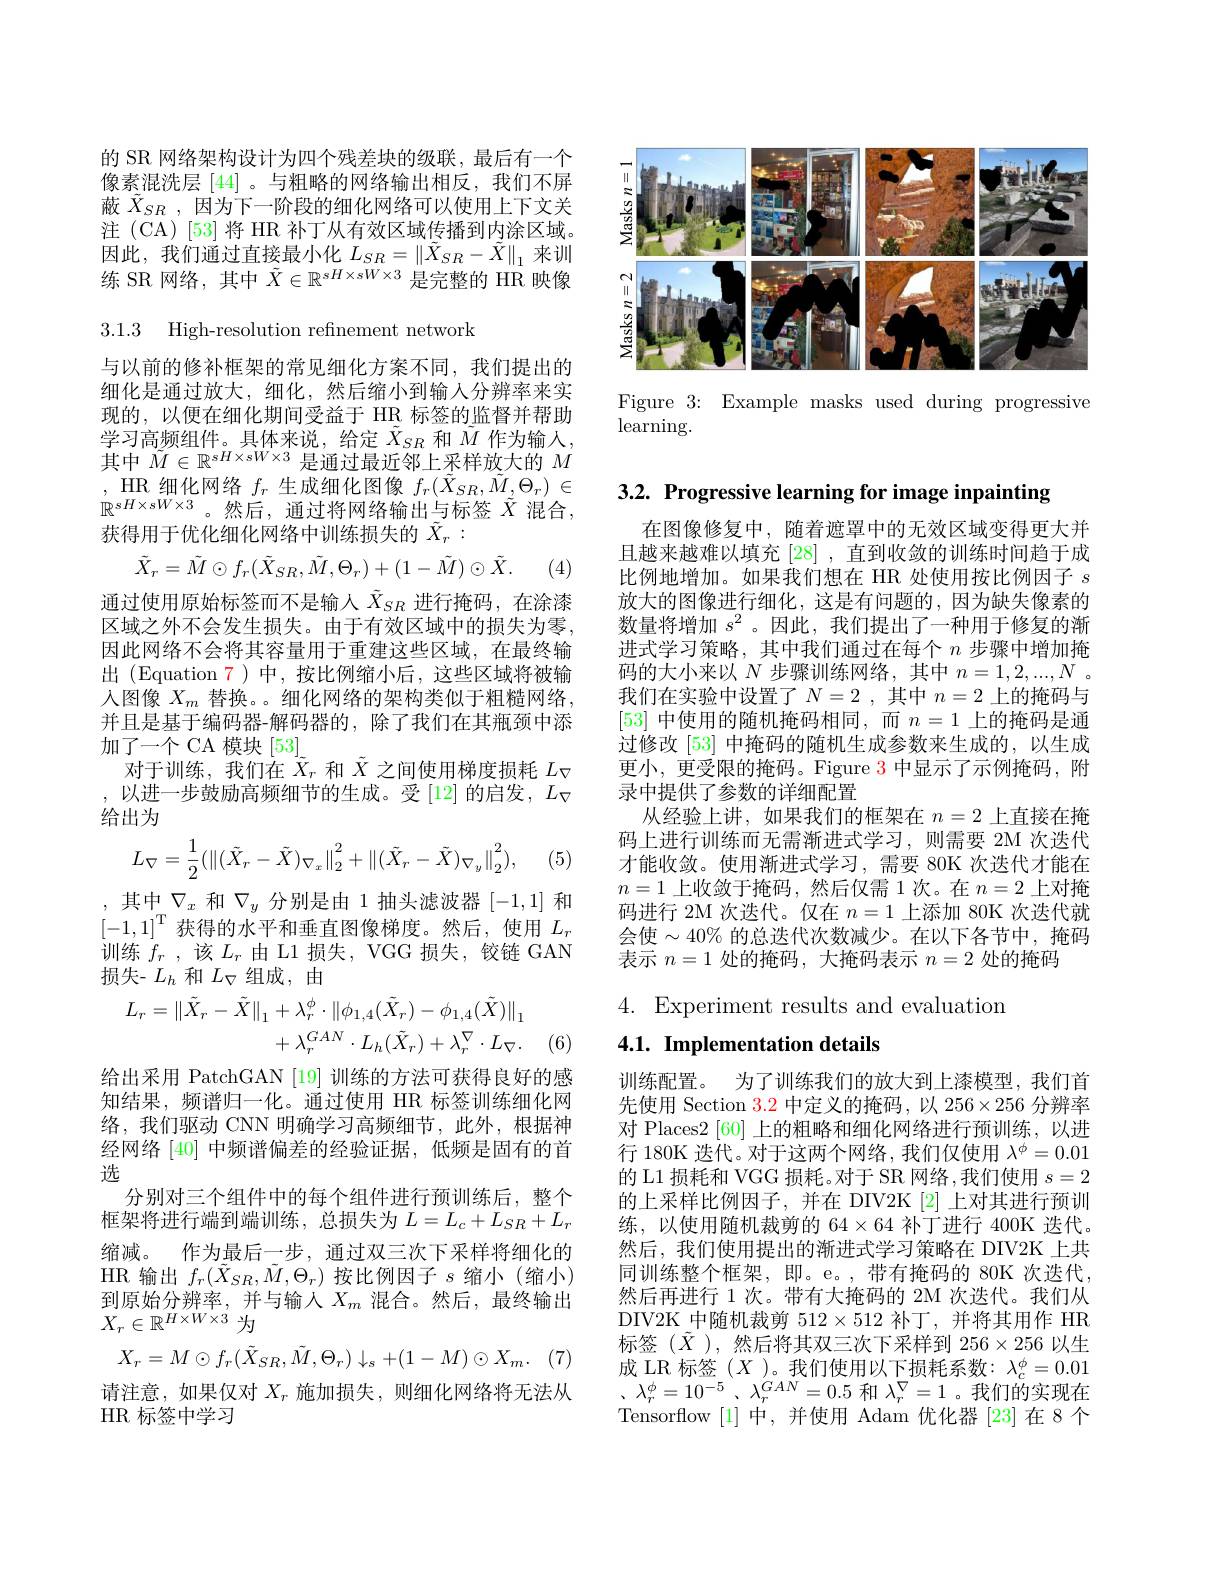
的 SR 网络架构设计为四个残差块的级联，最后有一个像素混洗层[44]。与粗略的网络输出相反，我们不屏蔽$\tilde{X}_{SR}$,因为下一阶段的细化网络可以使用上下文关注 (CA) [53] 将 HR 补丁从有效区域传播到内涂区域。因此，我们通过直接最小化$L_SR=\left\|\tilde{X}_{SR}-\tilde{X}\right\|_1$来训练 SR 网络，其中$\tilde{X}\in\mathbb{R}^{sH\times sW\times3}$是完整的 HR 映像

3.1.3 High-resolution refinement network

与以前的修补框架的常见细化方案不同，我们提出的细化是通过放大，细化，然后缩小到输人分辨率来实现的，以便在细化期间受益于 HR 标签的监督并帮助学习高频组件。具体来说，给定$X_{SR}$和$M$作为输人， 其中$\tilde{M}\in\mathbb{R}^{sH\times sW\times3}$是通过最近邻上采样放大的$M$ , HR 细化网络$f_r$生成细化图像$f_r(\tilde{X}_{SR},\tilde{M},\Theta_{r})\in$ $\mathbb{R}^{sH\times sW\times3}$。然后，通过将网络输出与标签$\tilde{X}$混合， 获得用于优化细化网络中训练损失的$\tilde{X}_r:$

(4)
$$\tilde X_r=\tilde M\odot f_r(\tilde X_{SR},\tilde M,\Theta_r)+(1-\tilde M)\odot\tilde X.$$
通过使用原始标签而不是输人$\tilde{X}_{SR}$进行掩码，在涂漆区域之外不会发生损失。由于有效区域中的损失为零， 因此网络不会将其容量用于重建这些区域，在最终输出(Equation 7)中，按比例缩小后，这些区域将被输入图像$X_m$替换。。细化网络的架构类似于粗糙网络， 并且是基于编码器-解码器的，除了我们在其瓶颈中添加了一个 CA 模块[53]」
对于训练，我们在$\tilde{X}_r$和$\tilde{X}$之间使用梯度损耗$L_\nabla$ ,以进一步鼓励高频细节的生成。受[12] 的启发$,L_\nabla$ 给出为
$$L_{\nabla}=\frac{1}{2}(\|(\tilde{X}_{r}-\tilde{X})_{\nabla_{x}}\|_{2}^{2}+\|(\tilde{X}_{r}-\tilde{X})_{\nabla_{y}}\|_{2}^{2}),$$
(5

$,\text{其中}_{\mathrm{m}}\nabla_x$和$\nabla_y$分别是由 1 抽头滤波器[-1,1]和$[-1,1]^{\mathrm{T}}$获得的水平和垂直图像梯度。然后，使用$L_r$ 训练$f_r$ ,该$L_r$由 L1 损失，VGG 损失，铰链 GAN 损失- $L_h$和$L_\nabla$组成，由
$$\begin{aligned}L_{r}=\|\tilde{X}_{r}-\tilde{X}\|_{1}&+\lambda_{r}^{\phi}\cdot\|\phi_{1,4}(\tilde{X}_{r})-\phi_{1,4}(\tilde{X})\|_{1}\\&+\lambda_{r}^{GAN}\cdot L_{h}(\tilde{X}_{r})+\lambda_{r}^{\nabla}\cdot L_{\nabla}.\end{aligned}$$
(6

给出采用 PatchGAN[19]训练的方法可获得良好的感知结果，频谱归一化。通过使用 HR 标签训练细化网络，我们驱动 CNN 明确学习高频细节，此外，根据神经网络[40]中频谱偏差的经验证据，低频是固有的首选
分别对三个组件中的每个组件进行预训练后，整个框架将进行端到端训练，总损失为$L=L_c+L_{SR}+L_r$ 缩减。作为最后一步，通过双三次下采样将细化的HR 输出$f_r(\tilde{X}_{SR},\tilde{M},\Theta_{r})$按比例因子$s$缩小(缩小) 到原始分辨率，并与输入$X_m$ 混合。然后，最终输出$X_r\in\mathbb{R}^{H\times W\times3}$为
$$X_r=M\odot f_r(\tilde{X}_{SR},\tilde{M},\Theta_r)\downarrow_s+(1-M)\odot X_m.$$
请注意，如果仅对$X_r$施加损失，则细化网络将无法从

HR 标签中学习

<FigureHere>

Figure 3: Example masks used during progressive
learning.

3.2. Progressive learning for image inpainting

在图像修复中，随着遮罩中的无效区域变得更大并且越来越难以填充[28] ,直到收敛的训练时间趋于成比例地增加。如果我们想在 HR 处使用按比例因子$s$ 放大的图像进行细化，这是有问题的，因为缺失像素的数量将增加$s^2$ 。因此，我们提出了一种用于修复的渐进式学习策略，其中我们通过在每个$n$步骤中增加掩码的大小来以$N$步骤训练网络，其中$n=1,2,...,N$ 。我们在实验中设置了$N=2$,其中$n=2$上的掩码与[53]中使用的随机掩码相同，而$n=1$上的掩码是通过修改 [53] 中掩码的随机生成参数来生成的，以生成更小，更受限的掩码。Figure 3 中显示了示例掩码，附录中提供了参数的详细配置
从经验上讲，如果我们的框架在$n=2$上直接在掩码上进行训练而无需渐进式学习，则需要 2M 次迭代才能收敛。使用渐进式学习，需要 80K 次迭代才能在$n=1$上收敛于掩码，然后仅需 1次。在$n=2$上对掩码进行 2M 次迭代。仅在$n=1$上添加 80K 次迭代就会使$\sim40\%$ 的总迭代次数减少。在以下各节中，掩码表示$n=1$处的掩码，大掩码表示$n=2$处的掩码

## 4. Experiment results and evaluation 4.1. Implementation details

训练配置。为了训练我们的放大到上漆模型，我们首先使用 Section $\color{red}{3.2}$中定义的掩码，以 256$\times256$分辨率对 Places2 [60] 上的粗略和细化网络进行预训练，以进行 180K 迭代。对于这两个网络，我们仅使用$\lambda^\phi=0.01$ 的 L1 损耗和 VGG 损耗。对于 SR 网络，我们使用$s=2$ 的上采样比例因子，并在 DIV2K[2]上对其进行预训练，以使用随机裁剪的 64$\times64$补丁进行 400K 迭代。然后，我们使用提出的渐进式学习策略在 DIV2K 上共同训练整个框架，即。e。,带有掩码的 80K 次迭代， 然后再进行 1 次。带有大掩码的 2M 次迭代。我们从DIV2K 中随机裁剪$512\times512$补丁，并将其用作 HR 标签($\tilde{X}),然后将其双三次下采样到 256\times256 以生$ 成 LR 标签 $(X$ )。我们使用以下损耗系数$:\lambda_c^\phi=0.01$ $\therefore \lambda _{r}^{\phi }= 10^{- 5}$ , $\lambda _{r}^{GAN}= 0. 5$和$\lambda_r^\nabla=1$。我们的实现在Tensorflow [1]中，并使用 Adam 优化器 [23]在8个